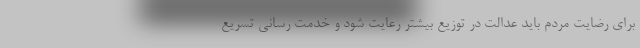
برای رضایت مردم باید عدالت در توزیع بیشتر رعایت شود و خدمت رسانی تسریع